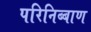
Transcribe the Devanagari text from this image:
परिनिब्बाण